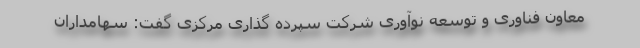
معاون فناوری و توسعه نوآوری شرکت سپرده گذاری مرکزی گفت: سهامداران